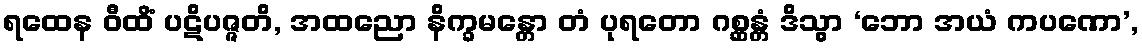
ရထေန ဝီထိံ ပဋိပဇ္ဇတိ, အထညော နိက္ခမန္တော တံ ပုရတော ဂစ္ဆန္တံ ဒိသွာ ‘ဘော အယံ ကပဏော’,